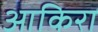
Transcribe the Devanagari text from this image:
आकिरा